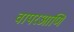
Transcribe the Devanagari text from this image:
वापरआणि